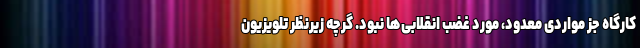
کارگاه جز مواردی معدود، مورد غضب انقلابی‌ها نبود. گرچه زیرنظر تلویزیون